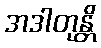
အဒါတုန္တိ